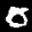
Label: 0